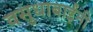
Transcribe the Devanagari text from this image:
वसुधाबाईंनी